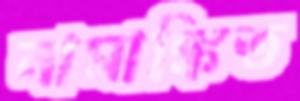
নামাঙ্কিত